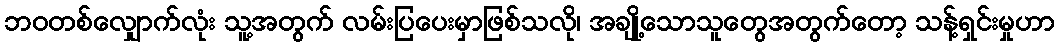
ဘဝတစ်လျှောက်လုံး သူ့အတွက် လမ်းပြပေးမှာဖြစ်သလို၊ အချို့သောသူတွေအတွက်တော့ သန့်ရှင်းမှုဟာ